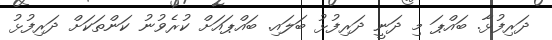
ދަރިފުޅާ. ބައްޕަ މި ދަނީ ދަރިފުޅު ބަލައި. ބައްޕައަށް ކުރެވުނު ކަންތަކަށް ދަރިފުޅު